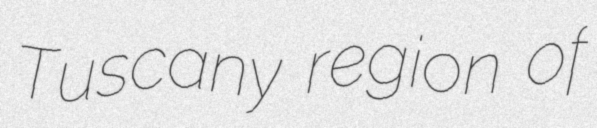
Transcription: Tuscany region of